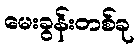
မေးခွန်းတစ်ခု